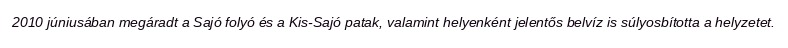
2010 júniusában megáradt a Sajó folyó és a Kis-Sajó patak, valamint helyenként jelentős belvíz is súlyosbította a helyzetet.